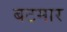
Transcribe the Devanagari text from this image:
बटमार